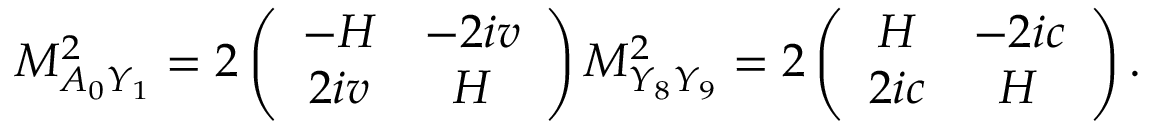
M _ { A _ { 0 } Y _ { 1 } } ^ { 2 } = 2 \left( \begin{array} { c c } { { - H } } & { { - 2 i v } } \\ { { 2 i v } } & { { H } } \end{array} \right) M _ { Y _ { 8 } Y _ { 9 } } ^ { 2 } = 2 \left( \begin{array} { c c } { { H } } & { { - 2 i c } } \\ { { 2 i c } } & { { H } } \end{array} \right) .